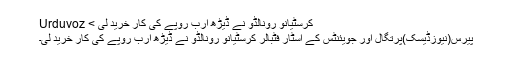
کرسٹیانو رونالڈو نے ڈیڑھ ارب روپے کی کار خرید لی > Urduvoz
پیرس(نیوزڈیسک)پرتگال اور جویئنٹس کے اسٹار فٹبالر کرسٹیانو رونالڈو نے ڈیڑھ ارب روپے کی کار خرید لی۔